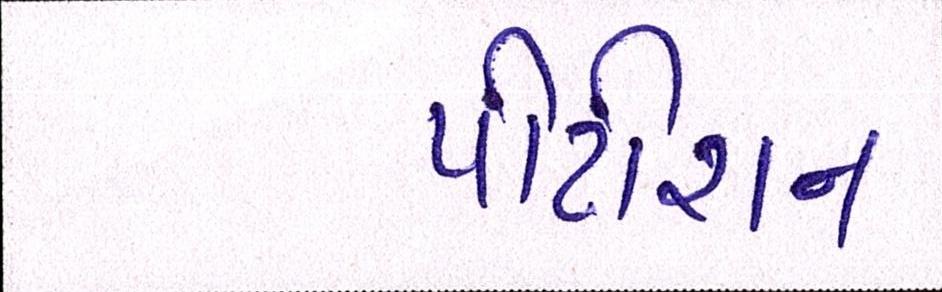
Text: પીટીશન